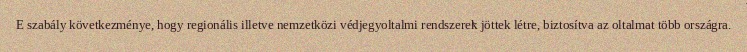
E szabály következménye, hogy regionális illetve nemzetközi védjegyoltalmi rendszerek jöttek létre, biztosítva az oltalmat több országra.